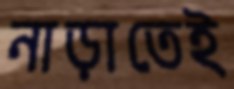
নাড়াতেই